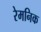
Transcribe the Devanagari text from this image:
रेमनिक